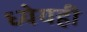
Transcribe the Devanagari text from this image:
ध्येयही